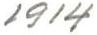
1914